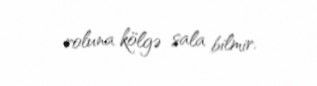
roluna kölgə sala bilmir.